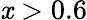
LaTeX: \mathit{x}>0.6